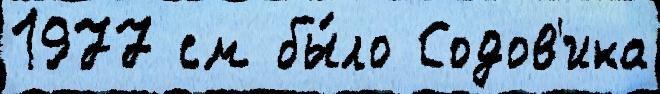
1977 см бы́ло Содов'ика